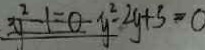
y ^ { 2 } - 1 = 0 - y ^ { 2 } - 2 y + 5 = 0